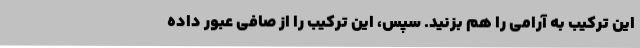
این ترکیب به آرامی را هم بزنید. سپس، این ترکیب را از صافی عبور داده